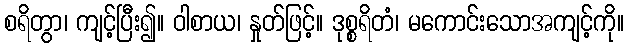
စရိတွာ၊ ကျင့်ပြီး၍။ ဝါစာယ၊ နှုတ်ဖြင့်။ ဒုစ္စရိတံ၊ မကောင်းသောအကျင့်ကို။